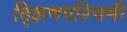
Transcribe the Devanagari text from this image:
द्क्षिणपश्चिमी